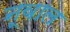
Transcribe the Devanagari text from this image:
नूवाल